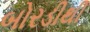
બોરડીથી